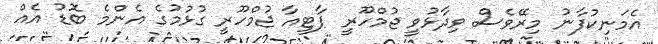
އެމަނިކުފާނު މިރޭވެސް ވިދާޅުވީ ޖުމްހޫރީ ޕާޓީއާ ޖުމްހޫރީ ގުޅުމުގެ އެންމެ ބޮޑު އެއް